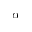
\alpha